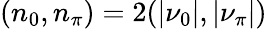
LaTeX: (n_{0},n_{\pi})=2(|\nu_{0}|,|\nu_{\pi}|)